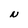
Character: N